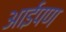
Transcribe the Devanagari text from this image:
आईपण